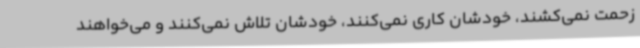
زحمت نمی‌کشند، خودشان کاری نمی‌کنند، خودشان تلاش نمی‌کنند و می‌خواهند